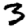
Digit: 3